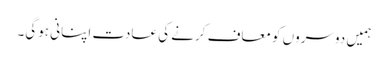
ہمیں دوسروں کو معاف کرنے کی عادت اپنانی ہوگی۔